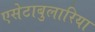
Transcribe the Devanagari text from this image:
एसेटाबुलारिया